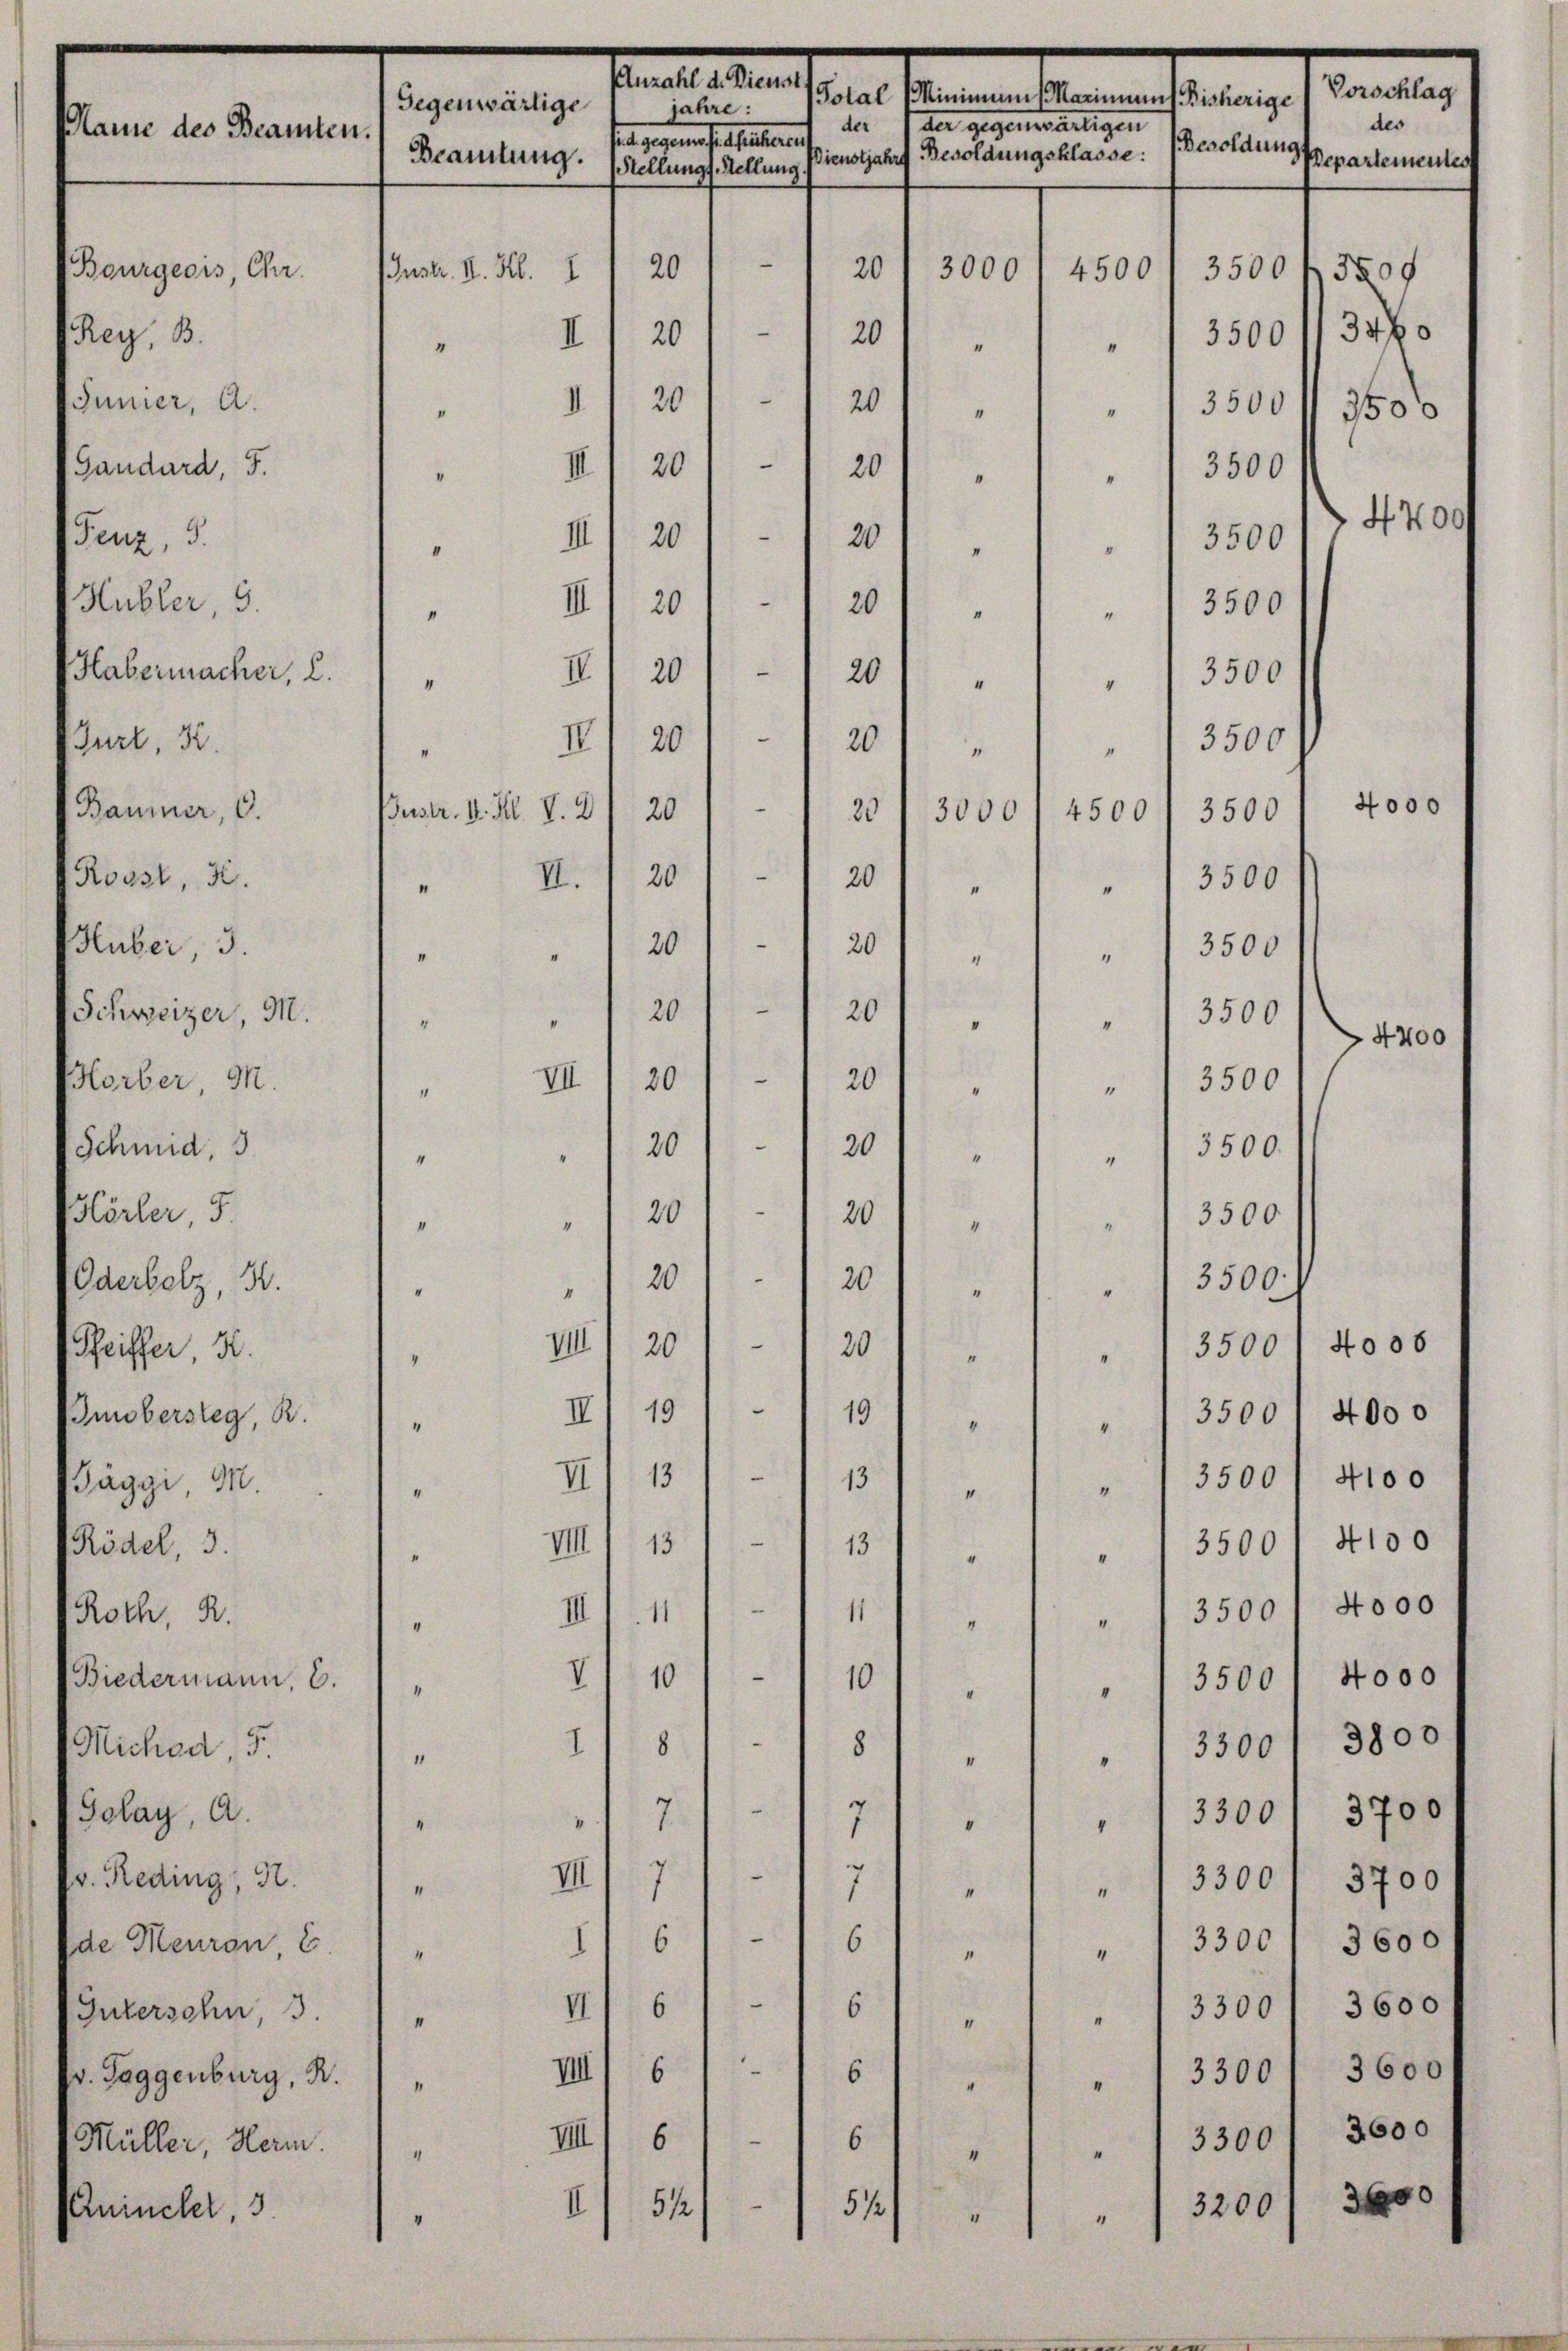
Anzahl d. Dienst
Vorschlag
Total (Minimum Marinnens Bisherige
Gegenwärtige
jahre:
des
der 7 der gegenwärtigen
Mame des Beamten.
sat gegen sie haltenen
Besoldungs
Beamtung.
Stellungs-Stellung Dienstjahre Besoldungsklasse:
Departementes
—
20
20
4500
5509
3500
3000
Instr. II. Kl.
R
" I) 20) - / 201 "  "  3500 11 346.
5
20
20
II.
3500 f 3500
“
"
"
IIII 20) I 201
3500
u
4

Enincher, 3.

.
.
.
Sei
9.
Roth,
6.
Mic
.
Golay,
v. Reding, H.
de Meuron, C.
Intersohn, 3.
pr. Toggenburg, R.
Müller, Herm.

Chr.

.

4700
III 20
e
3500
20
"
"
IIII 201 - 1 20
 3500
I
“
III 201 - 1 201 " " " 3500
“
" II 201 - 120
 3500
“
4000
2020
ustr. VI. H. V. D
4500
3000
3500
II. 1 20 1 - 1 20
 3500
I
e
“
20
20
3500
"
I
4
4
3500
20201
4
4400
“
VII
20
201 " " " 1 3500
d
201
20
3500.
"
“
“
"
e
20
3500
201
“
“
4
d
20
20
 3500.
“
I
e
4008
VIII
20
20
" " 13500
“
.
19
II
3500 1 4000
19
"
“
—
13
II
3500 / 4100
13
4
“
"
e
VIII 13
13
" 35001 4100
.
6
IIII. 11
" 13500/ 4000
11
4
“
VI
“
10
3500 f 4000
10
4
"
"
1
8
8
 33001 3800
4
"
7
3300/ 3700
“
"
7

VII
3700
3300
1
7
“
I
“
e
3300
6
3600
16
4
1
“
—
II
33001 3600
6
6
"
I
“
IIIII 6
6
3300. 3600
"
“
"
3600
“
3300
" VIII 6
61
2600
3200
5 1/2
51/2
II
"
"
"